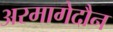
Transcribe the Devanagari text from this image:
अरमागेदौन